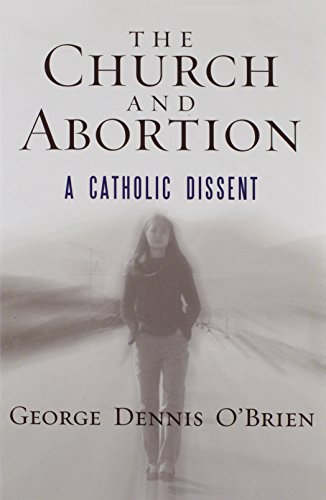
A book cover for The Church and Abortion: A Catholic Dissent; George Dennis O'Brien; Politics & Social Sciences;